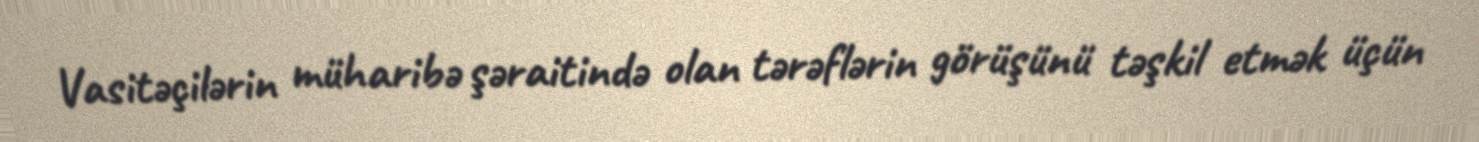
Vasitəçilərin müharibə şəraitində olan tərəflərin görüşünü təşkil etmək üçün